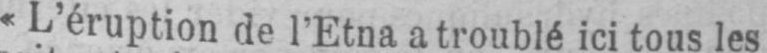
«L’éruption de l’Etna a troublé ici tous les